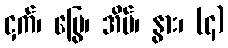
ငှက်၊ မြွေ၊ အိမ်၊ နွား၊ (၄)